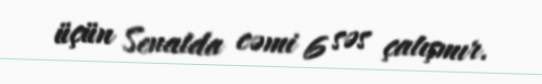
üçün Senatda cəmi 6 səs çatışmır.